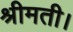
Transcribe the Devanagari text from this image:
श्रीमती।